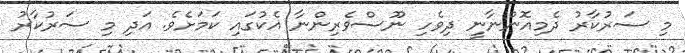
މި ސަރުކާރު ދެމިއޮންނާނީ ދިވެހި ނޫސްވެރިންނާ އެކުގައި ކަމަށެވެ. އަދި މި ސަރުކާރު